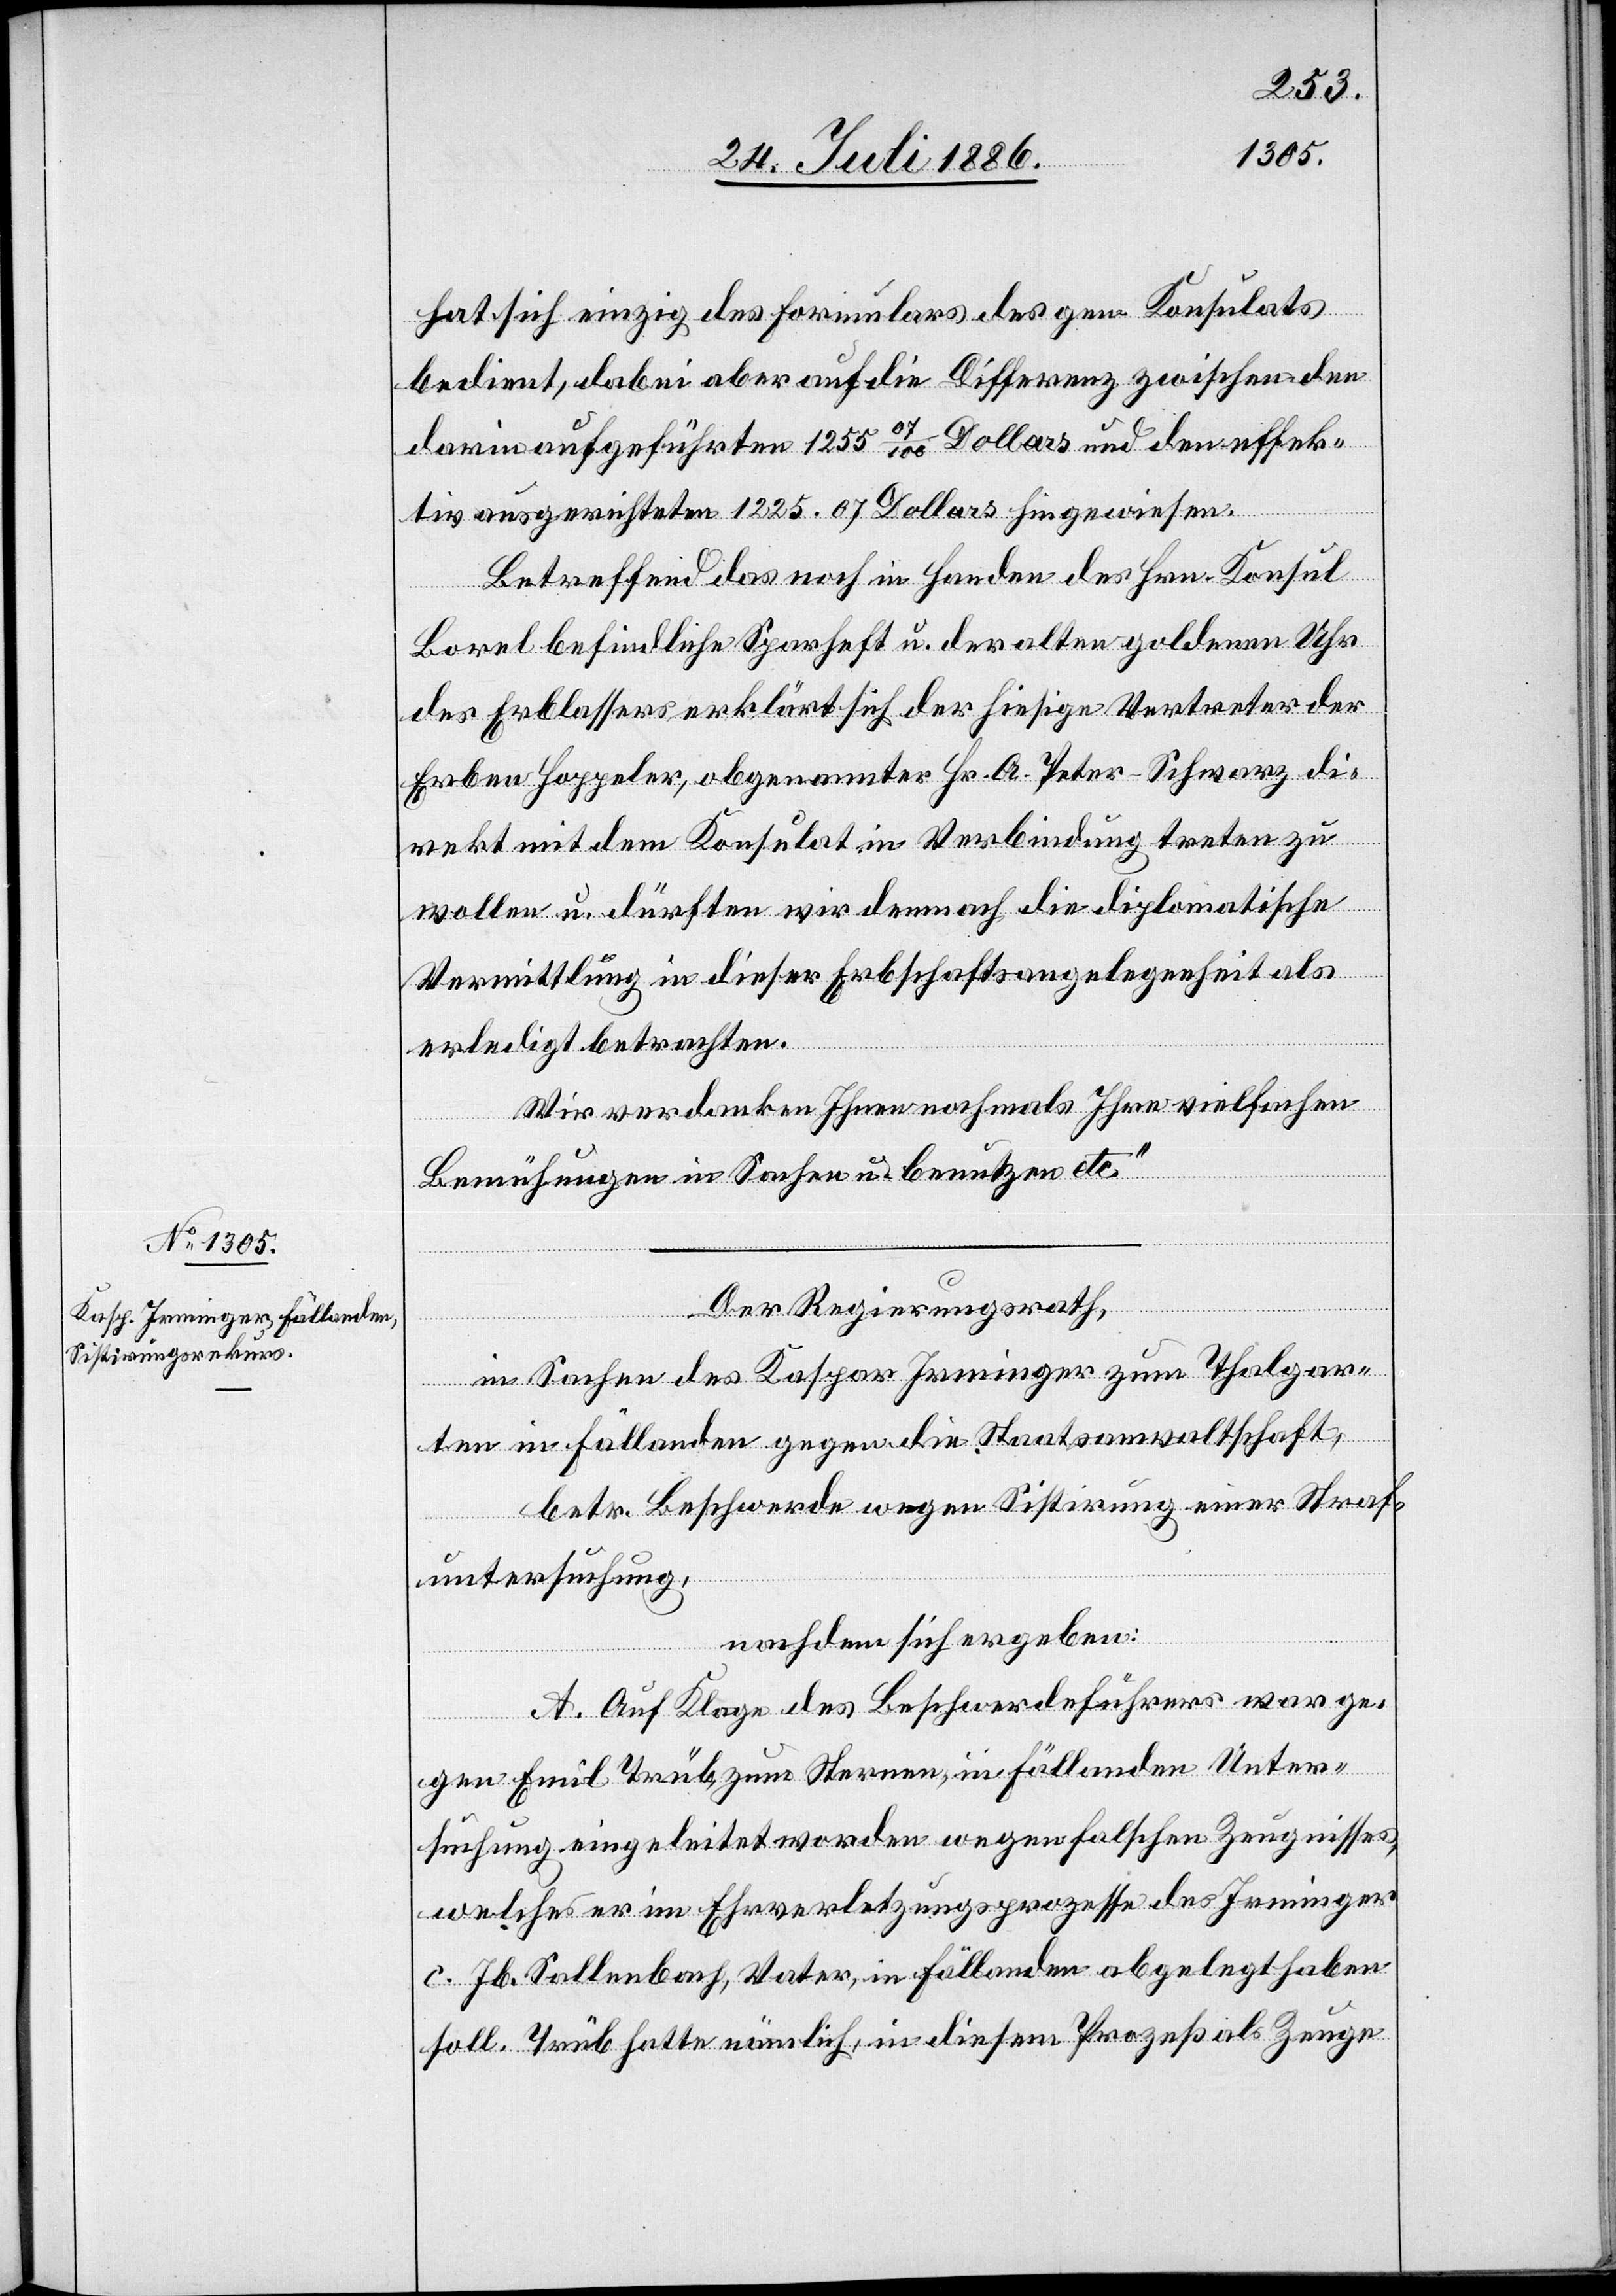
hat sich einzig des Formulars des gen. Konsulates
bedient, dabei aber auf die Differenz zwischen den
darin aufgeführten 1255 07/100 Dollars und den effek¬
tiv ausgerichteten 1225.07 Dollars hingewiesen.
Betreffend das noch in Handen des Hrn. Konsul
Borel befindliche Sparheft u. der alten goldenen Uhr
des Erblassers erklärt sich der hiesige Vertreter der
Erben Hoppeler, obgenannter Hr. A. Peter-Schwarz di¬
rekt mit dem Konsulat in Verbindung treten zu
wollen u. dürften wir demnach die diplomatische
Vermittlung in dieser Erbschaftsangelegenheit als
erledigt betrachten.
Wir verdanken Ihnen nochmals Ihre vielfachen
Bemühungen in Sachen u. benutzen etc.“
Der Regierungsrath,
in Sachen des Kaspar Irminger zum Thalgar¬
ten in Fällanden gegen die Staatsanwaltschaft,
betr. Beschwerde wegen Sistirung einer Straf¬
untersuchung,
nachdem sich ergeben:
A. Auf Klage des Beschwerdeführers war ge¬
gen Emil Trüb, zum Sternen, in Fällanden Unter¬
suchung eingeleitet worden, wegen falschen Zeugnisses,
welches er im Ehrverletzungsprozesse des Irminger
c. Jb. Sallenbach, Vater, in Fällanden abgelegt haben
soll. Trüb hatte nämlich, in diesem Prozeß als Zeuge